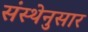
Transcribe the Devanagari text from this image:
संस्थेनुसार